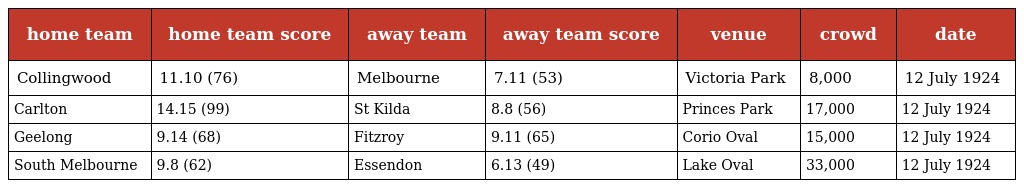
| home team | home team score | away team | away team score | venue | crowd | date |
 | --- | --- | --- | --- | --- | --- | --- |
 | Collingwood | 11.10 (76) | Melbourne | 7.11 (53) | Victoria Park | 8,000 | 12 July 1924 |
 | Carlton | 14.15 (99) | St Kilda | 8.8 (56) | Princes Park | 17,000 | 12 July 1924 |
 | Geelong | 9.14 (68) | Fitzroy | 9.11 (65) | Corio Oval | 15,000 | 12 July 1924 |
 | South Melbourne | 9.8 (62) | Essendon | 6.13 (49) | Lake Oval | 33,000 | 12 July 1924 |